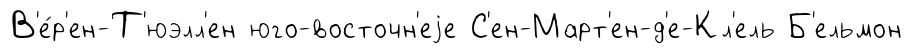
В'е́р'ен-Т'юэлл'ен юго-восточн'еjе С'ен-Март'ен-д'е-Кл'ель Б'ельмон